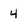
Character: 4